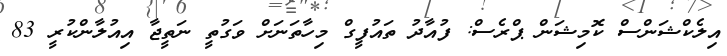
އިލެކްޝަންސް ކޮމިޝަން ޕްރެސް: ފުއާދު ތައުފީގް މިހާތަނަށް ވަގުތީ ނަތީޖާ އިއުލާންކުރީ 83